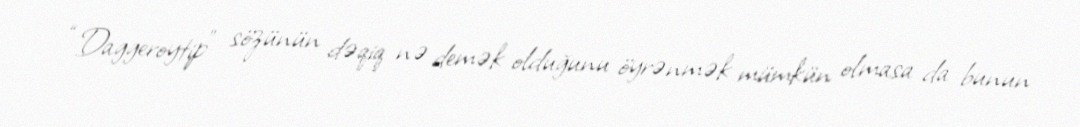
“Daggeroytip” sözünün dəqiq nə demək olduğunu öyrənmək mümkün olmasa da bunun